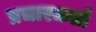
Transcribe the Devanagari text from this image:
प्रचारकर्ता